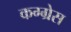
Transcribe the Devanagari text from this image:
कग्ग्रेस